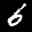
Label: 6